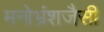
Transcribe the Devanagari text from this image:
मनोभ्रंशजैसी